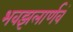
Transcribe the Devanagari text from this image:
भवझलार्णवं